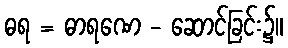
ဓရ = ဓာရဏေ - ဆောင်ခြင်း၌။